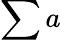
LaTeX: \sum a